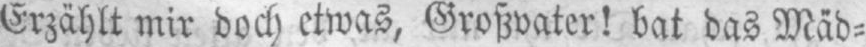
Erzählt mir doch etwas, Großvater! bat das Mäd⸗